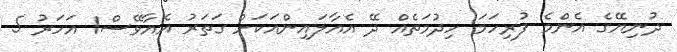
ދުނިޔޭގެ އެންމެ ފުރިހަމަ ހިދުމަތެއް ދޭ އެއާލައިންއަކަށް ގަތަރު އެއާވޭސް1 އަހަރު 5